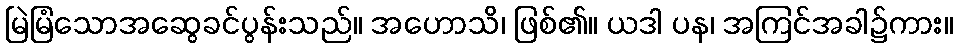
မြဲမြံသောအဆွေခင်ပွန်းသည်။ အဟောသိ၊ ဖြစ်၏။ ယဒါ ပန၊ အကြင်အခါ၌ကား။